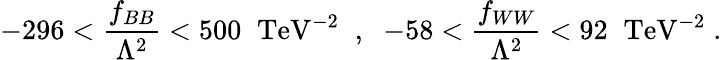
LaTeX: -296<\frac{f_{BB}}{\Lambda^{2}}<500\; \; \mathrm{TeV}^{-2}\; \; ,\; \; -58<\frac{f_{WW}}{\Lambda^{2}}<92\; \; \mathrm{TeV}^{-2}\; .